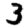
Digit: 3